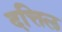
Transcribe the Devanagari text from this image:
दत्तिल